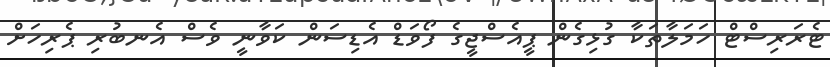
ޓެރަރިސްޓް ހަމަލާތަކާ ގުޅިގެން ޕީއެސްޖީގެ ފޯވަޑް އެޑިސަން ކަވާނީ ވެސް އެނބުރި ޕެރިހަށް